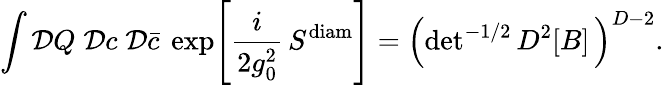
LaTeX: \int{\cal D}Q\; {\cal D}c\; {\cal D}{\bar{c}}~\exp\! \left[\frac{i}{2g_{0}^{2}}\, S^{\mathrm{diam}}\right]=\left(\mathrm{det}^{-1/2}\, D^{2}[B]\, \right)^{D-2}.